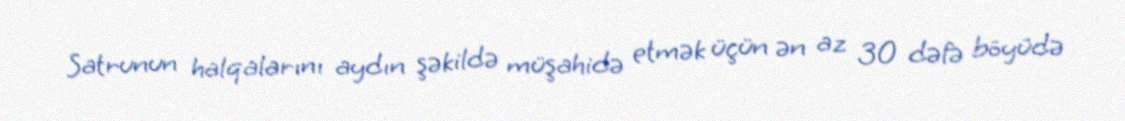
Satrunun halqalarını aydın şəkildə müşahidə etmək üçün ən az 30 dəfə böyüdə